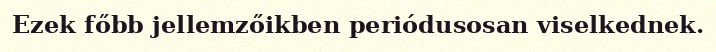
Ezek főbb jellemzőikben periódusosan viselkednek.